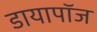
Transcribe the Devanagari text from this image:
डायापॉज